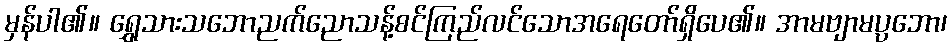
မှန်ပါ၏။ ရွှေသားသဘောညက်ညောသန့်စင်ကြည်လင်သောအရေတော်ရှိပေ၏။ အာမဗျာမပ္ပဘော၊